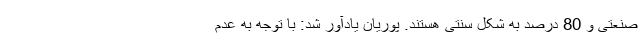
صنعتی و 80 درصد به شکل سنتی هستند. پوریان یادآور شد: با توجه به عدم